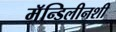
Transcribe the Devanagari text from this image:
मॅन्डिलीनशी